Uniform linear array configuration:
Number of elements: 64
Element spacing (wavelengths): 0.25
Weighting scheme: uniform
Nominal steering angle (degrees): -45
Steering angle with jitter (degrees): -43.775
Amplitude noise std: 0.05
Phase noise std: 0.05

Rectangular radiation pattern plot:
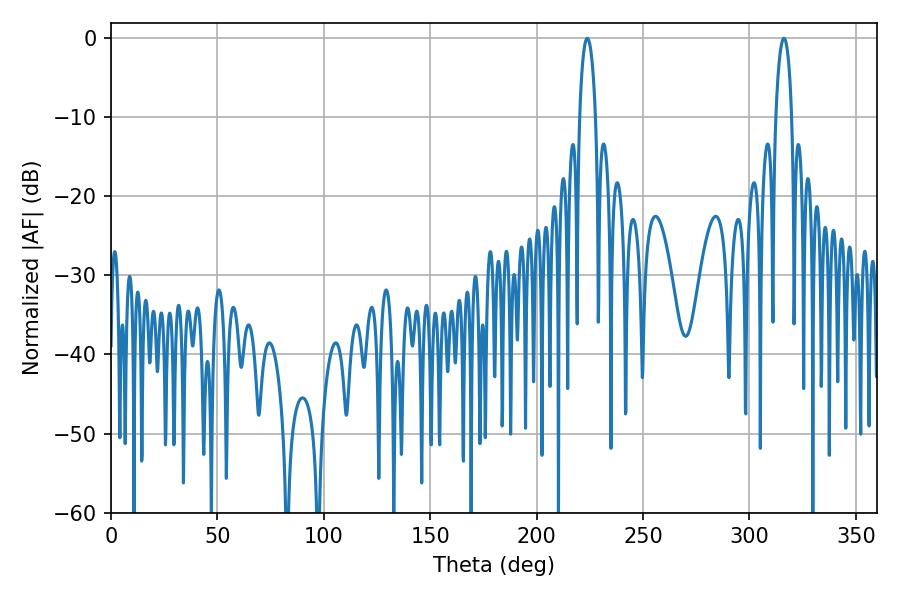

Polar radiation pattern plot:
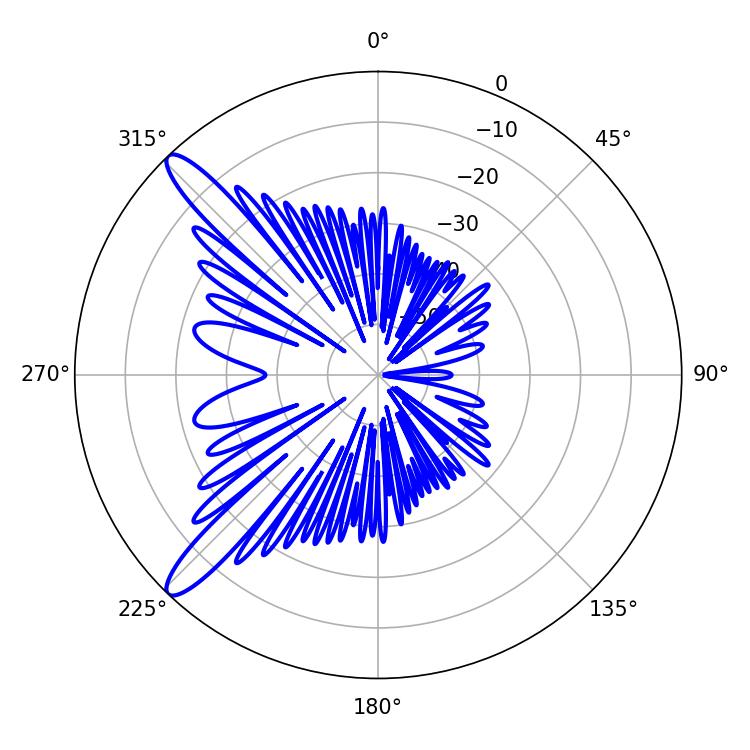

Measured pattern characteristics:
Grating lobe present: FALSE
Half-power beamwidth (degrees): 4.14
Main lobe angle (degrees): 223.74